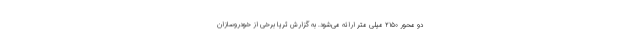
دو محور ۲۱۵۰ میلی متر ارائه می‌شود. به گزارش ثریا برخی از خودروسازان